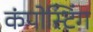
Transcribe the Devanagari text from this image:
कंपोस्टिंग